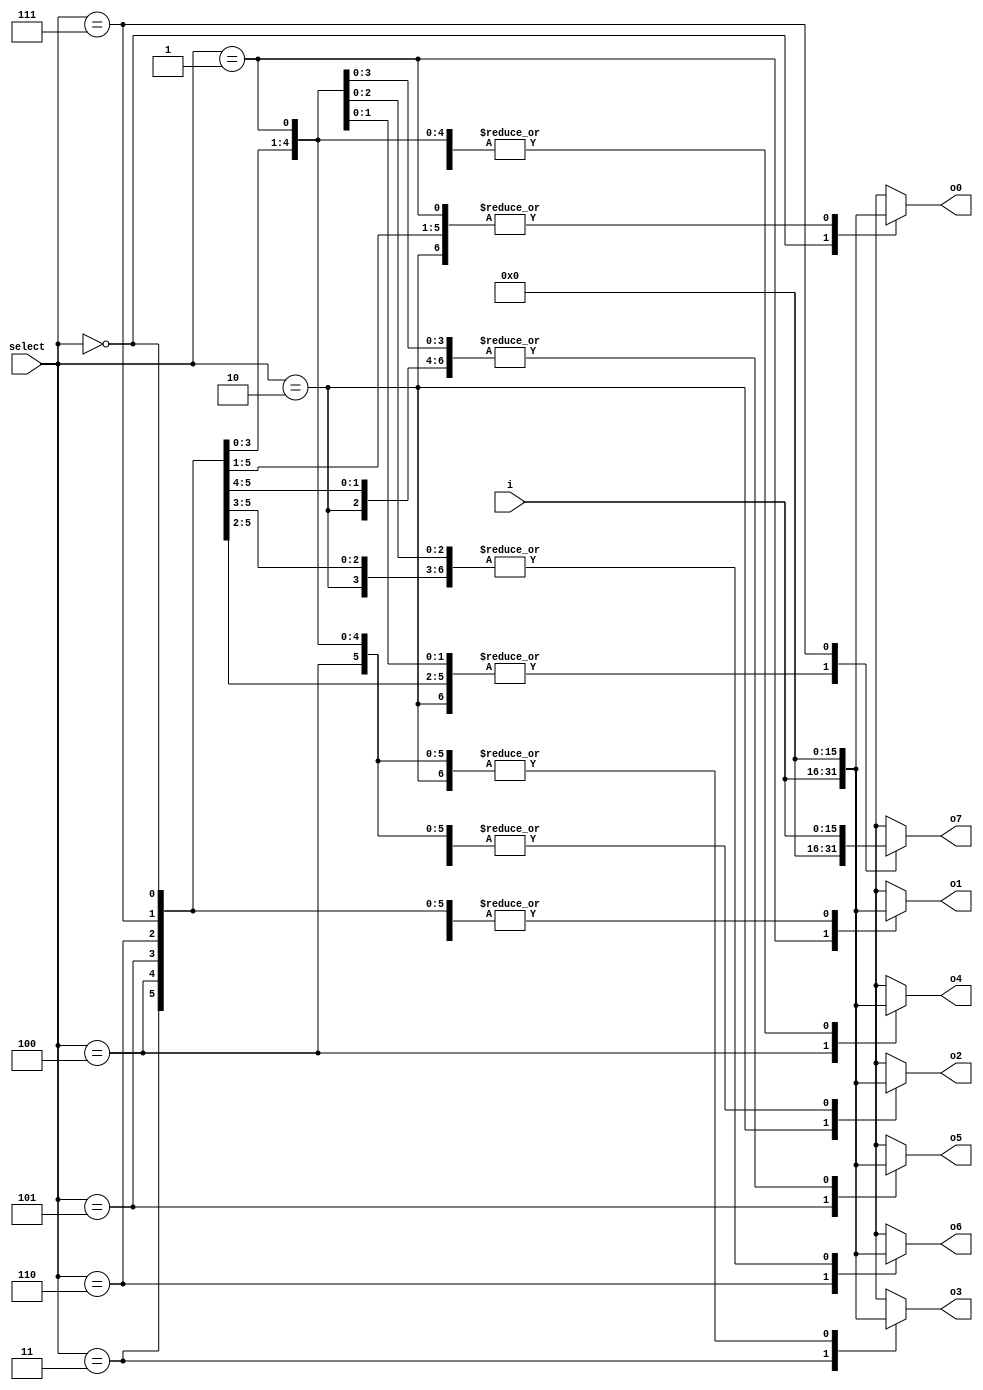
`timescale 1ns / 1ps
//////////////////////////////////////////////////////////////////////////////////
// Company: 
// Engineer: 
// 
// Design Name: 
// Module Name: DIRECT1to8_16bit
// Project Name: 
// Target Devices: 
// Tool Versions: 
// Description: 
// 
// Dependencies: 
// 
// Revision:
// Revision 0.01 - File Created
// Additional Comments:
// 
//////////////////////////////////////////////////////////////////////////////////


module DIRECT1to8_16bit(
    input [15:0] i,
    input [2:0] select,
    output reg [15:0] o0,
    output reg [15:0] o1,
    output reg [15:0] o2,
    output reg [15:0] o3,
    output reg [15:0] o4,
    output reg [15:0] o5,
    output reg [15:0] o6,
    output reg [15:0] o7
    );
    reg [15:0] zero = 15'b0;
    reg [2:0] sel; 
    always @* begin
        sel = select;
        o0=zero;o1=zero;o2=zero;o3=zero;o4=zero;o5=zero;o6=zero;o7=zero;
        case(sel)
            0:o0 = i;
            1:o1 = i;
            2:o2 = i;
            3:o3 = i;
            4:o4 = i;
            5:o5 = i;
            6:o6 = i;
            7:o7 = i;
        endcase
    end
endmodule